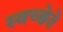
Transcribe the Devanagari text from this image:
स्वच्छेते